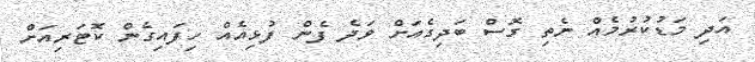
އަދި މަޑުކުރުމެއް ނެތި ގޮސް ބަދިގެއަށް ވަދެ ފެން ފުޅިއެއް ހިފައިގެން ކޮޓަރިއަށް